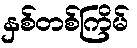
နှစ်တစ်ကြိမ်